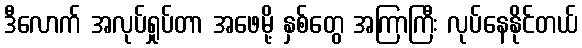
ဒီလောက် အလုပ်ရှုပ်တာ အဖေမို့ နှစ်တွေ အကြာကြီး လုပ်နေနိုင်တယ်